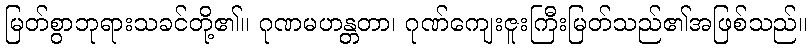
မြတ်စွာဘုရားသခင်တို့၏။ ဂုဏမဟန္တတာ၊ ဂုဏ်ကျေးဇူးကြီးမြတ်သည်၏အဖြစ်သည်။